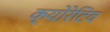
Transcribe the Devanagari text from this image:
क्योरेटिव